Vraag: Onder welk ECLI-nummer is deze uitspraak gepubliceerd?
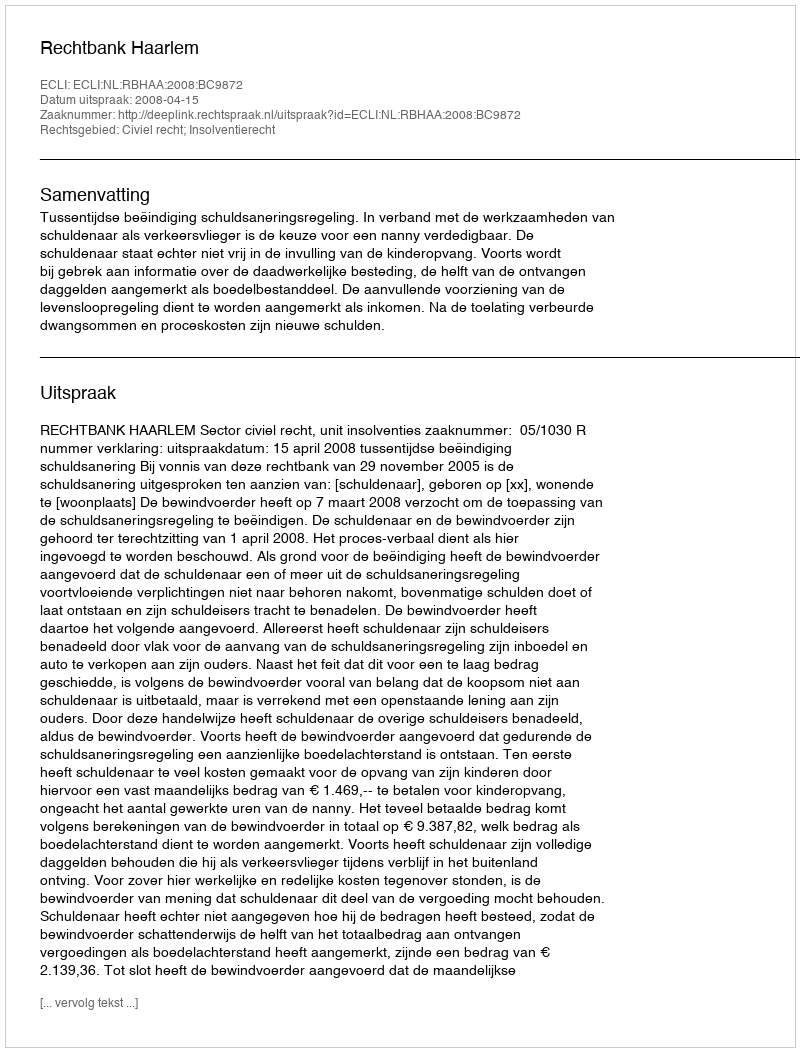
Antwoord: ECLI:NL:RBHAA:2008:BC9872